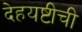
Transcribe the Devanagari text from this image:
देहयष्टीची